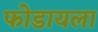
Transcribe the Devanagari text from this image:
फोडायला